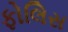
ફોલિસ